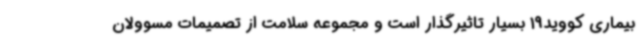
بیماری کووید19 بسیار تاثیرگذار است و مجموعه سلامت از تصمیمات مسوولان